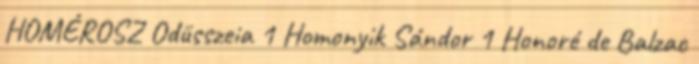
HOMÉROSZ Odüsszeia 1 Homonyik Sándor 1 Honoré de Balzac